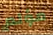
مؤلم